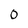
Character: 0